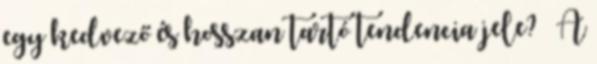
egy kedvező és hosszan tartó tendencia jele? – A